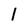
Character: 1